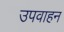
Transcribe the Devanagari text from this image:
उपवाहन